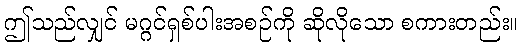
ဤသည်လျှင် မဂ္ဂင်ရှစ်ပါးအစဉ်ကို ဆိုလိုသော စကားတည်း။